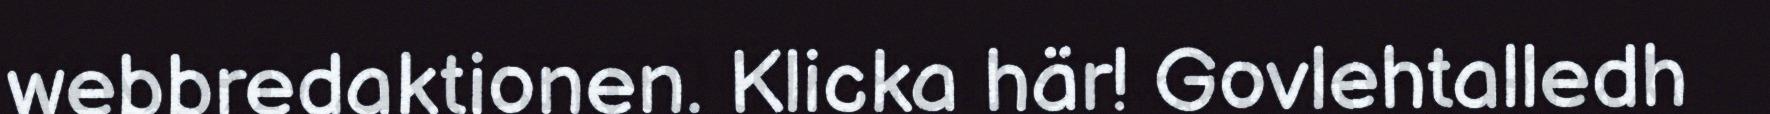
webbredaktionen. Klicka här! Govlehtalledh